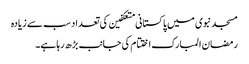
مسجد نبوی میں پاکستانی متعکفین کی تعداد سب سے زیادہ
رمضان المبارک اختتام کی جانب بڑھ رہا ہے۔